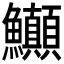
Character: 𬵽